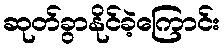
ဆုတ်ခွာနိုင်ခဲ့ကြောင်း